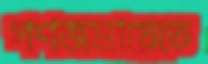
গণজমায়েতে